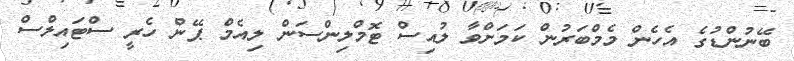
ބޭނުންޑުގެ އެހެން މެމްބަރުން ކަމަށްވާ ލުއިސް ޓޮމްލިންސަން ލިއެމް ޕޭން ހެރީ ސްޓައިލްސް